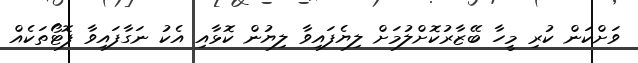
ވަށްކަން ކުރި މީހާ ބޭޒާރުކޮށްލުމަށް ލިޔެފައިވާ ލިޔުން ކޮޅާއި އެކު ނަގާފައިވާ ފޮޓޯތަކެއް